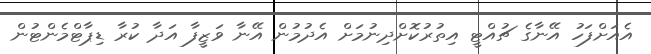
އެއަށްފަހު އޭނާގެ ޗުއްޓީ އިތުރުކޮށްދިނުމަށް އެދުމުން އޭނާ ވަޒީފާ އަދާ ކުރާ ޑިޕާޓްމެންޓުން